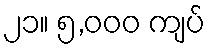
၂၁။ ၅,၀၀၀ ကျပ်